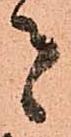
者